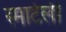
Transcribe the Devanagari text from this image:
स्मार्टली